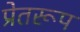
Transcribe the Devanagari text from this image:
प्रेतरूप